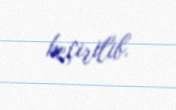
keçirilib.